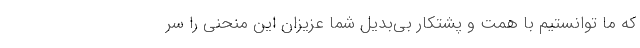
که ما توانستیم با همت و پشتکار بی‌بدیل شما عزیزان این منحنی را سر